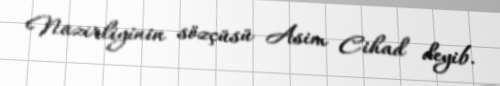
Nazirliyinin sözçüsü Asim Cihad deyib.